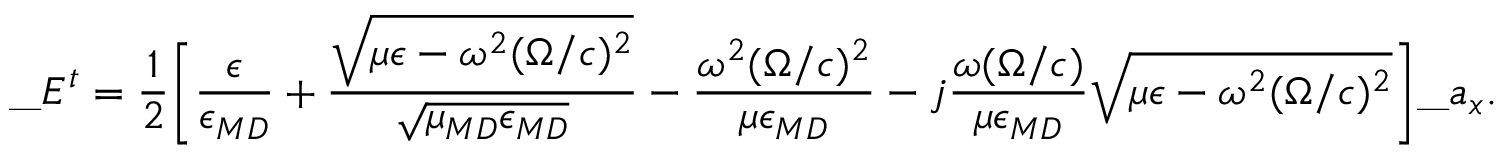
\_ E ^ { t } = { \frac { 1 } { 2 } } \Bigg [ { \frac { \epsilon } { \epsilon _ { \/ { M D } } } } + { \frac { \sqrt { \mu \epsilon - \omega ^ { 2 } ( \Omega / c ) ^ { 2 } } } { \sqrt { \mu _ { \/ { M D } } \epsilon _ { \/ { M D } } } } } - { \frac { \omega ^ { 2 } ( \Omega / c ) ^ { 2 } } { \mu \epsilon _ { \/ { M D } } } } - j { \frac { \omega ( \Omega / c ) } { \mu \epsilon _ { \/ { M D } } } } \sqrt { \mu \epsilon - \omega ^ { 2 } ( \Omega / c ) ^ { 2 } } \Bigg ] \_ a _ { x } .